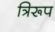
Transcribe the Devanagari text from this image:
त्रिरूप